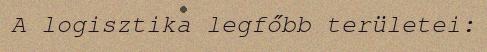
A logisztika legfőbb területei: